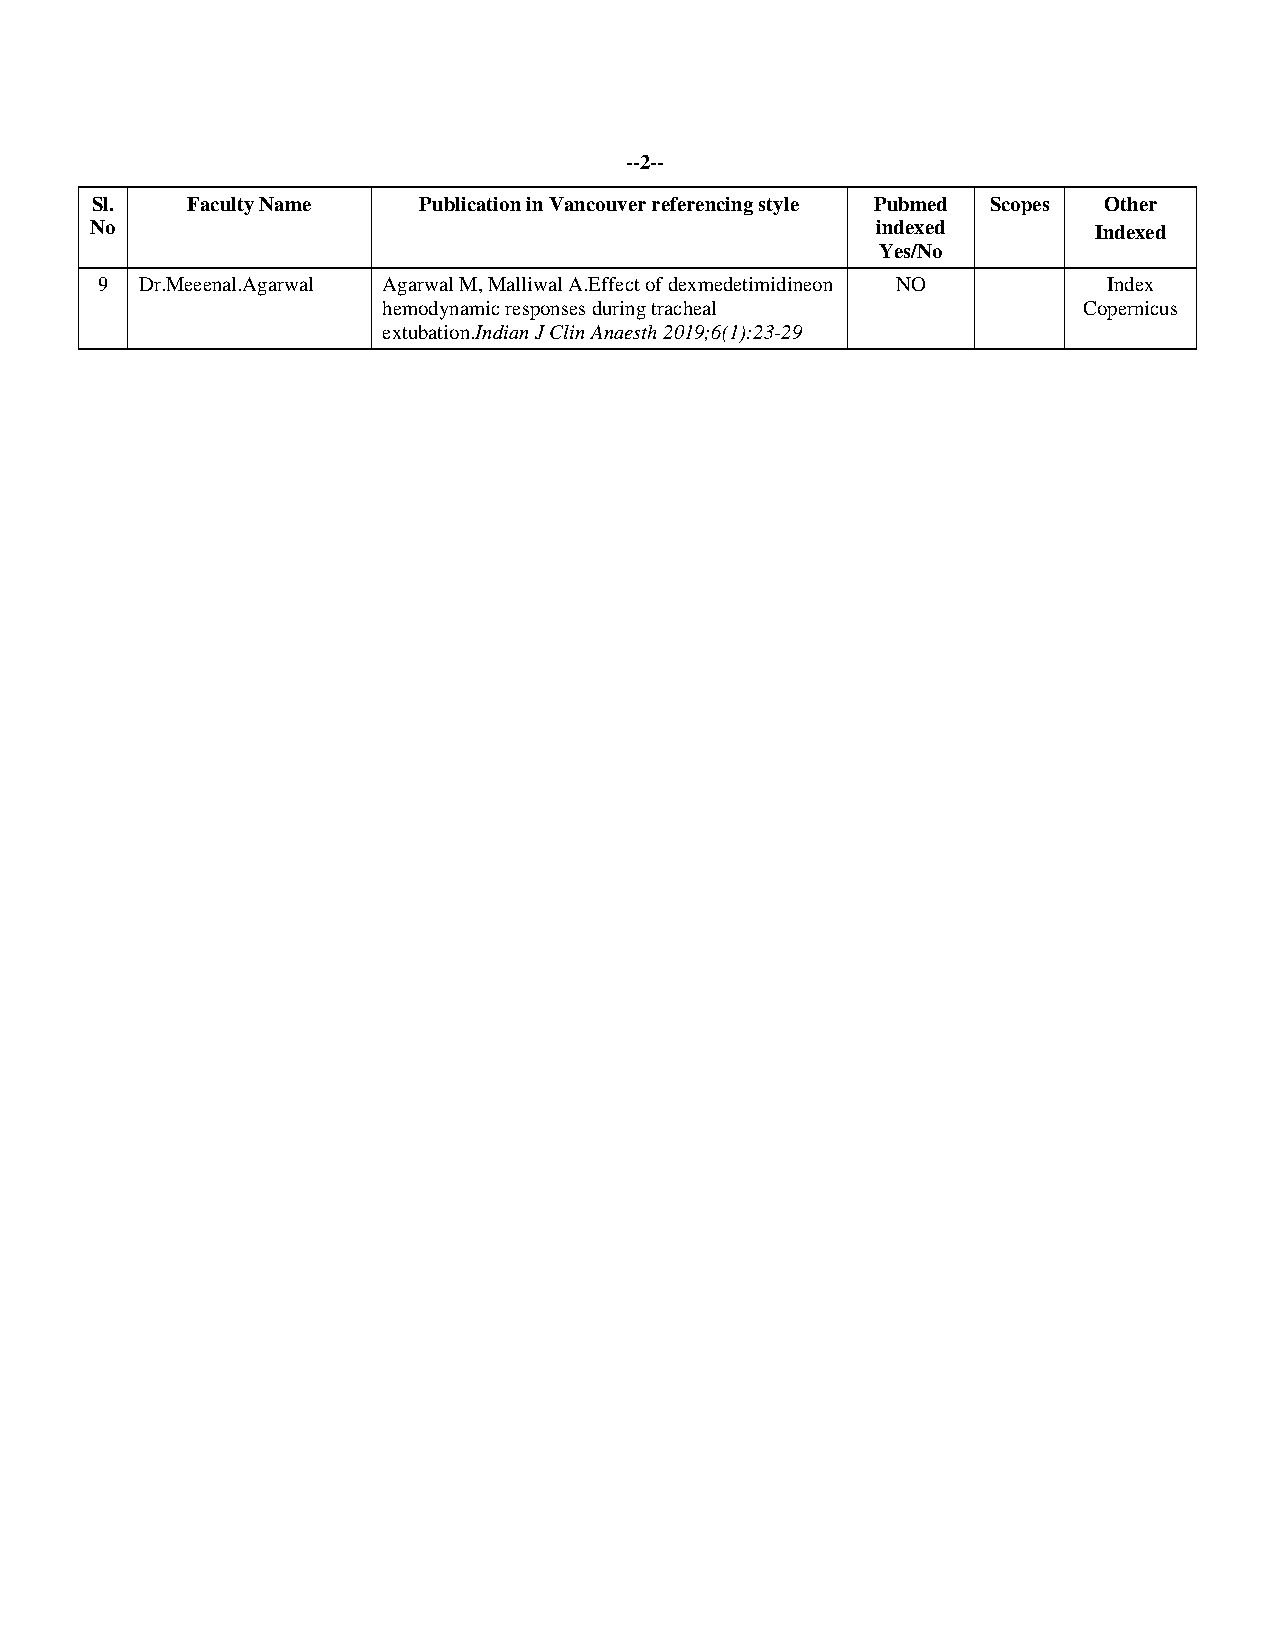
--2--
 Sl.   Faculty Name    Publication in Vancouver referencing style Pubmed Scopes Other
 No                                                  indexed       Indexed
 Yes/No
 9  Dr.Meeenal.Agarwal Agarwal M, Malliwal A.Effect of dexmedetimidineon NO Index
 hemodynamic responses during tracheal          Copernicus
 extubation.Indian J Clin Anaesth 2019;6(1):23-29